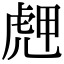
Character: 䖖